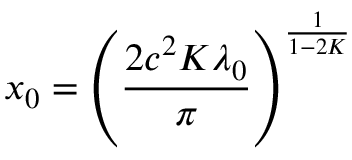
x _ { 0 } = \left( \frac { 2 c ^ { 2 } K \lambda _ { 0 } } { \pi } \right) ^ { \frac { 1 } { 1 - 2 K } }